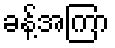
ခန့်အကြာ